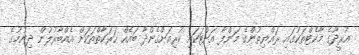
އުރީދޫގެ މާކެޓްތަކުގައި ރައްޔިތުންގެ މަންފާ އަށްޓަކައި ކުރިއަށްގެންދާ ބައެއް ހަރަކާތްތަކަށް އެއްބާރުލުން ދިނުމުގެ